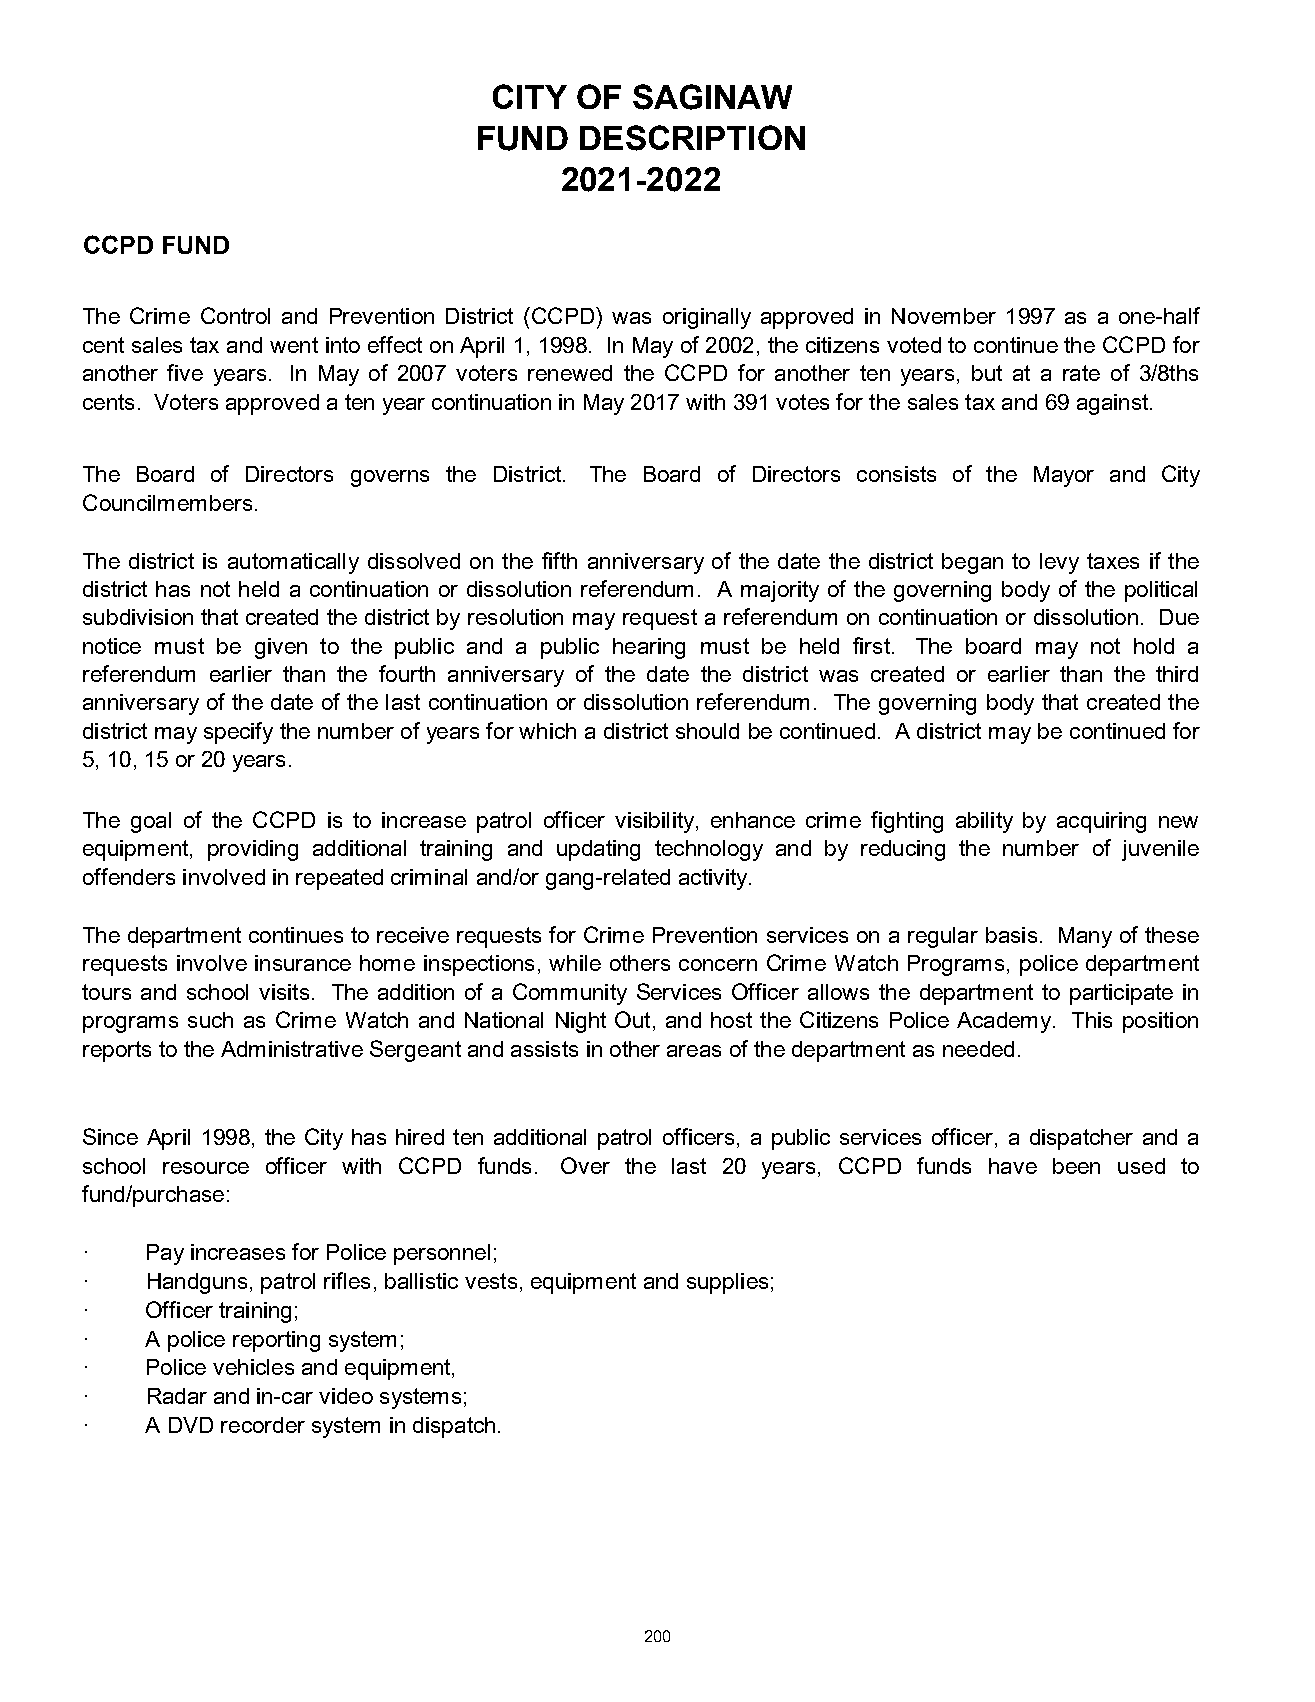
CITY  OF  SAGINAW
 FUND   DESCRIPTION
 2021-2022
 CCPD  FUND
 The Crime Control and Prevention District (CCPD) was originally approved in November 1997 as a one-half
 cent salestax andwent intoeffect onApril 1,1998. InMayof 2002, thecitizens votedto continuethe CCPD for
 another five years. In May of 2007 voters renewed the CCPD for another ten years, but at a rate of 3/8ths
 cents. Voters approved a ten year continuation in May 2017 with 391 votes for the sales tax and 69 against.
 The Board of Directors governs the District. The Board of Directors consists of the Mayor and City
 Councilmembers.
 The district is automatically dissolved on the fifth anniversary of the date the district began to levy taxes if the
 district has not held a continuation or dissolution referendum. A majority of the governing body of the political
 subdivision that created the district by resolution may request a referendum on continuation or dissolution. Due
 notice must be given to the public and a public hearing must be held first. The board may not hold a
 referendum earlier than the fourth anniversary of the date the district was created or earlier than the third
 anniversary of the date of the last continuation or dissolution referendum. The governing body that created the
 districtmayspecifythenumber of years for whicha districtshould becontinued. Adistrict maybe continuedfor
 5, 10, 15 or 20 years.
 The goal of the CCPD is to increase patrol officer visibility, enhance crime fighting ability by acquiring new
 equipment, providing additional training and updating technology and by reducing the number of juvenile
 offenders involved in repeated criminal and/or gang-related activity.
 The department continues to receive requests for Crime Prevention services on a regular basis. Many of these
 requests involve insurance home inspections, while others concern Crime Watch Programs, police department
 tours and school visits. The addition of a Community Services Officer allows the department to participate in
 programs such as Crime Watch and National Night Out, and host the Citizens Police Academy. This position
 reports to the Administrative Sergeant and assists in other areas of the department as needed.
 Since April 1998, the City has hired ten additional patrol officers, a public services officer, a dispatcher and a
 school resource officer with CCPD funds. Over the last 20 years, CCPD funds have been used to
 fund/purchase:
 ·    Pay increases for Police personnel;
 ·    Handguns, patrol rifles, ballistic vests, equipment and supplies;
 ·    Officer training;
 ·    A police reporting system;
 ·    Police vehicles and equipment,
 ·    Radar and in-car video systems;
 ·    A DVD recorder system in dispatch.
 200